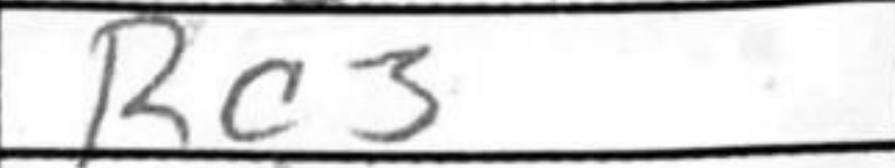
Transcription: Rc3